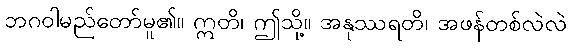
ဘဂဝါမည်တော်မူ၏။ ဣတိ၊ ဤသို့။ အနုဿရတိ၊ အဖန်တစ်လဲလဲ